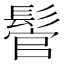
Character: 𩭵